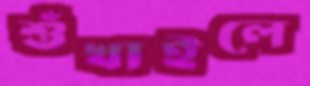
শুঁখাইলে